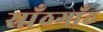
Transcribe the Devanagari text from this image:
साँठगाँठ